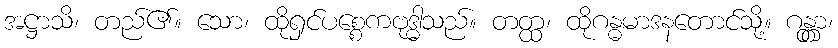
အဋ္ဌာသိ၊ တည်၏။ သော၊ ထိုရှင်ပစ္စေကဗုဒ္ဓါသည်။ တတ္ထ၊ ထိုဂန္ဓမာဒနတောင်သို့။ ဂန္တွာ၊